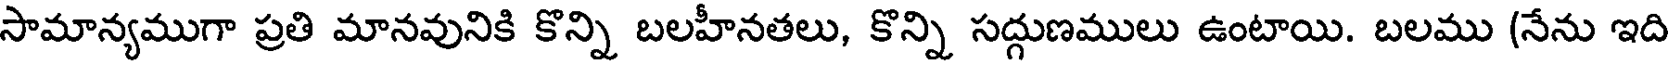
సామాన్యముగా ప్రతి మానవునికి కొన్ని బలహీనతలు, కొన్ని సద్గుణములు ఉంటాయి. బలము (నేను ఇది